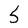
Character: 5